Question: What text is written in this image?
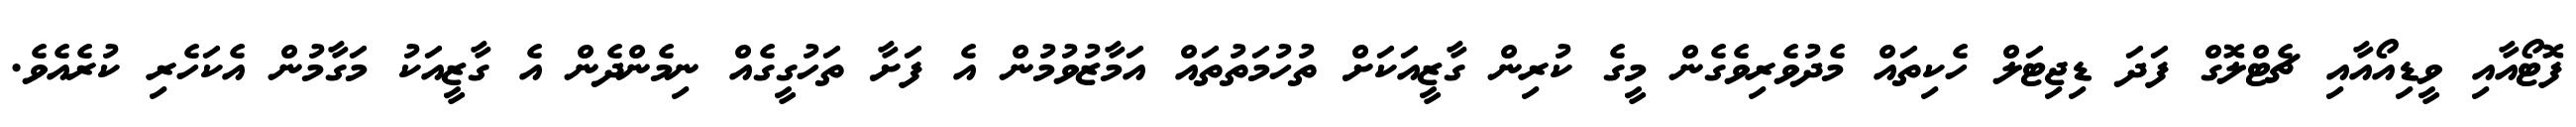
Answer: ފޮޓޯއާއި ވީޑިއޯއާއި ޗެޓްލޮގް ފަދަ ޑިޖިޓަލް ހެކިތައް މެދުވެރިވެގެން މީގެ ކުރިން ގާޒީއަކަށް ތުހުމަތުތައް އަމާޒުވުމުން އެ ފަށާ ތަހުގީގެއް ނިމެންދެން އެ ގާޒީއަކު މަގާމުން އެކަހެރި ކުރެއެވެ.